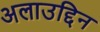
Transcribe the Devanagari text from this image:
अलाउद्दिन